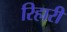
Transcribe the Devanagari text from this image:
रिहारी